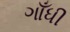
ગાઁધી